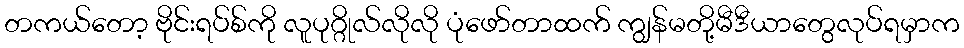
တကယ်တော့ ဗိုင်းရပ်စ်ကို လူပုဂ္ဂိုလ်လိုလို ပုံဖော်တာထက် ကျွန်မတို့မီဒီယာတွေလုပ်ရမှာက